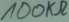
Text: 100KΩ